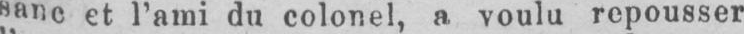
sane et l’ami du colonel, a voulu repousser